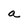
Character: a